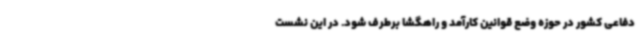
دفاعی کشور در حوزه وضع قوانین کارآمد و راهگشا برطرف شود. در این نشست